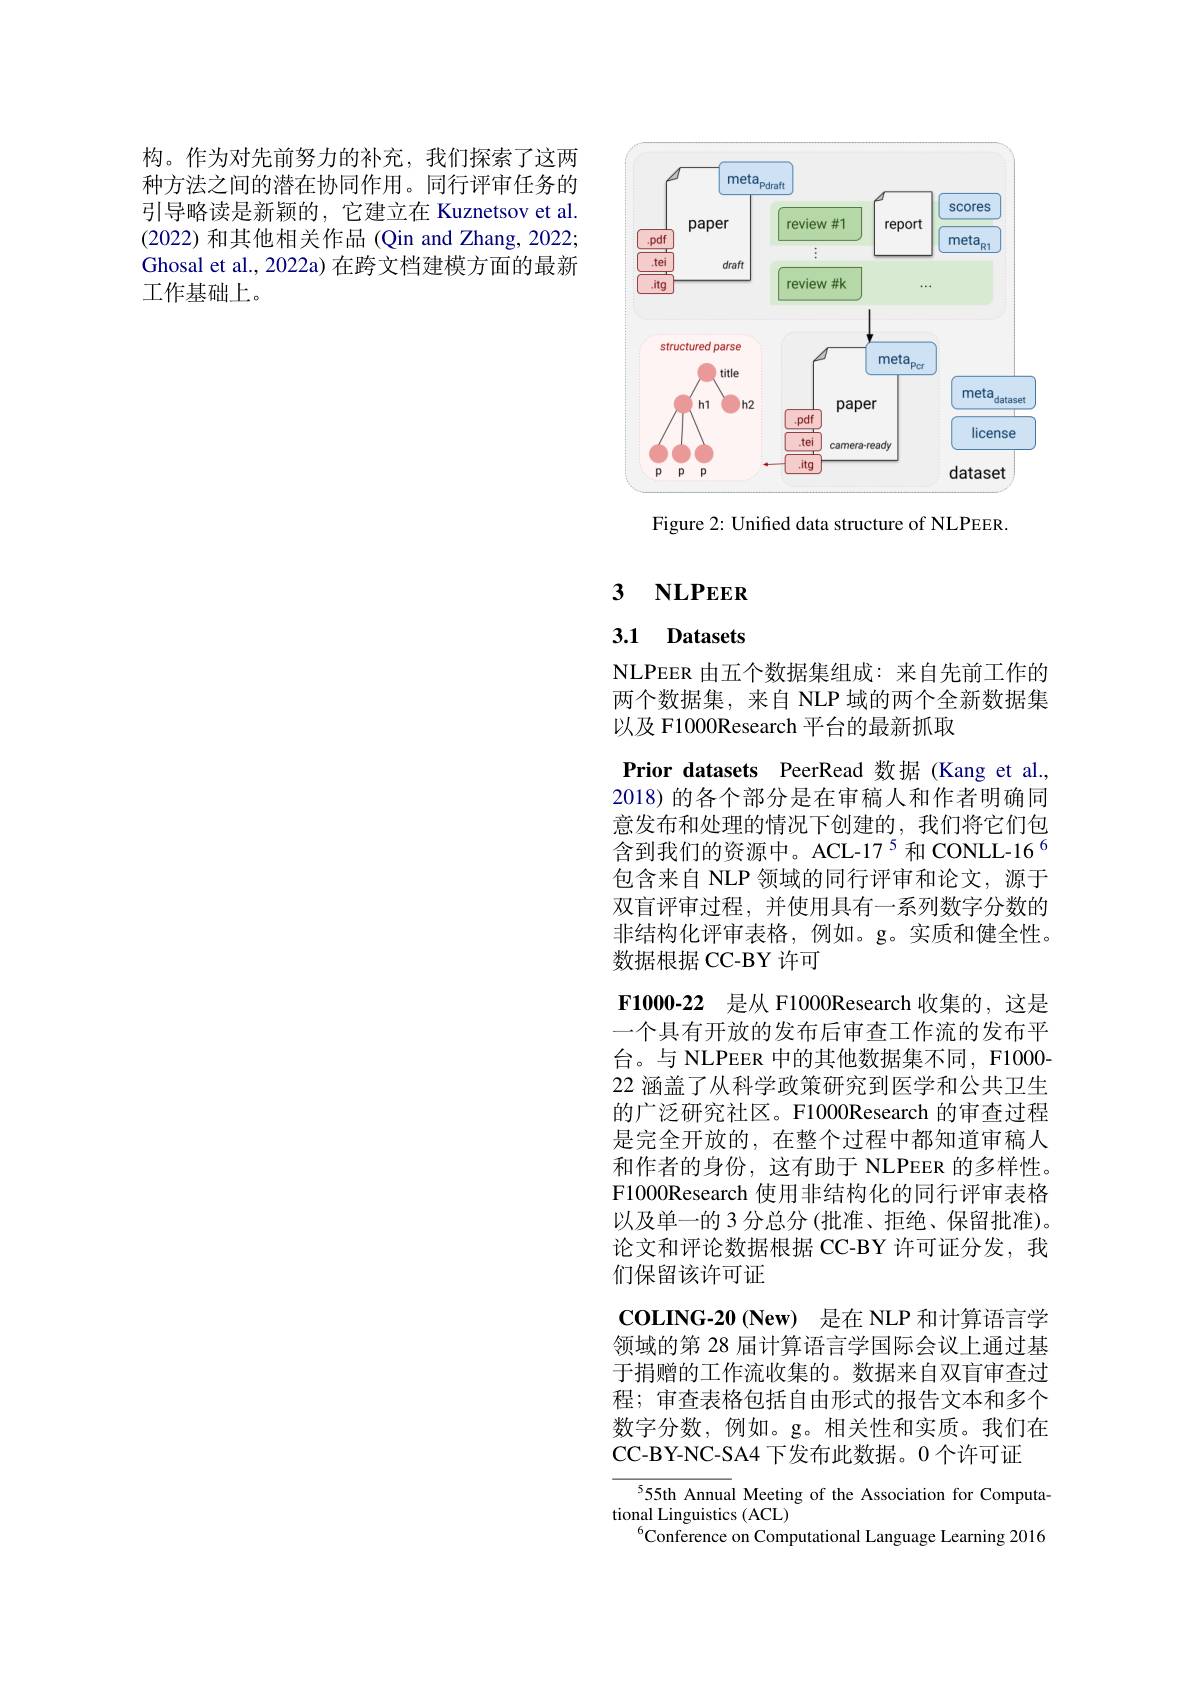
构。作为对先前努力的补充，我们探索了这两种方法之间的潜在协同作用。同行评审任务的引导略读是新颖的，它建立在 Kuznetsov et al. (2022)和其他相关作品(Qin and Zhang, 2022; Ghosal et al., 2022a) 在跨文档建模方面的最新工作基础上。

<FigureHere>

Figure 2: Unified data structure of NLPEER.

# 3 $\mathbf{NLPEER}$

## 3.1 Datasets

NLPEER 由五个数据集组成：来自先前工作的两个数据集，来自 NLP 域的两个全新数据集以及 F1000Research 平台的最新抓取
Prior datasets PeerRead 数据(Kang et al., 2018) 的各个部分是在审稿人和作者明确同意发布和处理的情况下创建的，我们将它们包含到我们的资源中。ACL-17$^{5}$和 CONLL-16$^{6}$ 包含来自 NLP 领域的同行评审和论文，源于双盲评审过程，并使用具有一系列数字分数的非结构化评审表格，例如。g。实质和健全性。数据根据 CC-BY 许可
F1000-22 是从 F1000Research 收集的，这是一个具有开放的发布后审查工作流的发布平台。与 NLPEER 中的其他数据集不同，F1000- 22 涵盖了从科学政策研究到医学和公共卫生的广泛研究社区。F1000Research 的审查过程是完全开放的，在整个过程中都知道审稿人和作者的身份，这有助于 NLPEER 的多样性。F1000Research 使用非结构化的同行评审表格以及单一的 3 分总分 (批准、拒绝、保留批准)。论文和评论数据根据 CC-BY 许可证分发，我们保留该许可证
COLING- 20 ( New) 是在 NLP 和计算语言学领域的第 28 届计算语言学国际会议上通过基于捐赠的工作流收集的。数据来自双盲审查过程；审查表格包括自由形式的报告文本和多个数字分数，例如。g。相关性和实质。我们在CC-BY-NC-SA4 下发布此数据。0 个许可证
$^{5}55$th Annual Meeting of the Association for Computa-
tional Linguistics (ACL)
Conference on Computational Language Learning 2016